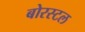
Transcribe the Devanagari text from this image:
बोरस्टल